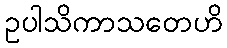
ဥပါသိကာသတေဟိ